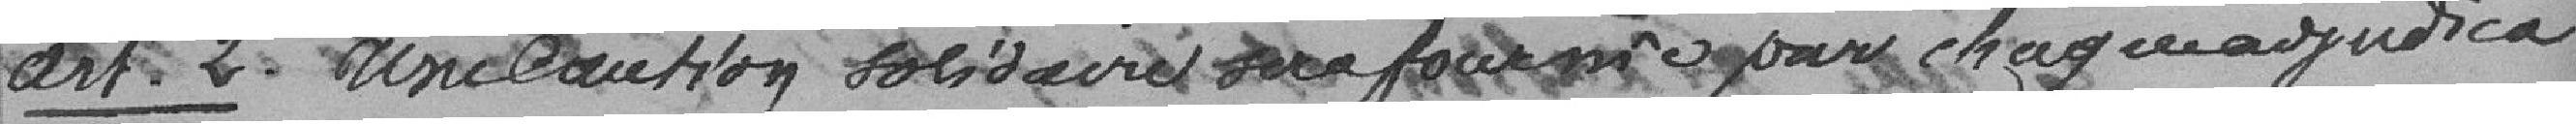
Art. 2 Une caution solidaire sera fournie pour chaque adjudica-